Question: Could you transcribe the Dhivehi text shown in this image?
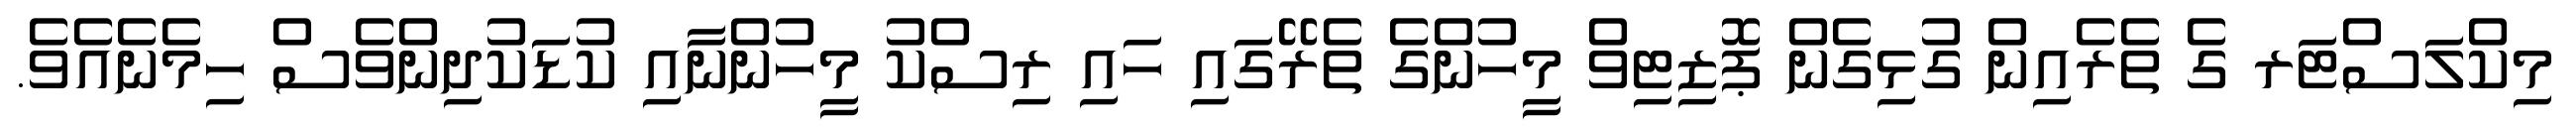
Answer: މިކްލަސްޓަރ ގެ ތެރެއިން ގުޅިގެން ޕޮޒިޓިވް މީހުންގެ ތެރޭގައި ހައި ރިސްކު މީހުންނާއި ކުޑަކުދިންވެސް ހިމެނެއެވެ.